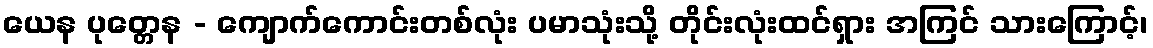
ယေန ပုတ္တေန - ကျောက်ကောင်းတစ်လုံး ပမာသုံးသို့ တိုင်းလုံးထင်ရှား အကြင် သားကြောင့်၊